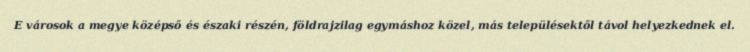
E városok a megye középső és északi részén, földrajzilag egymáshoz közel, más településektől távol helyezkednek el.